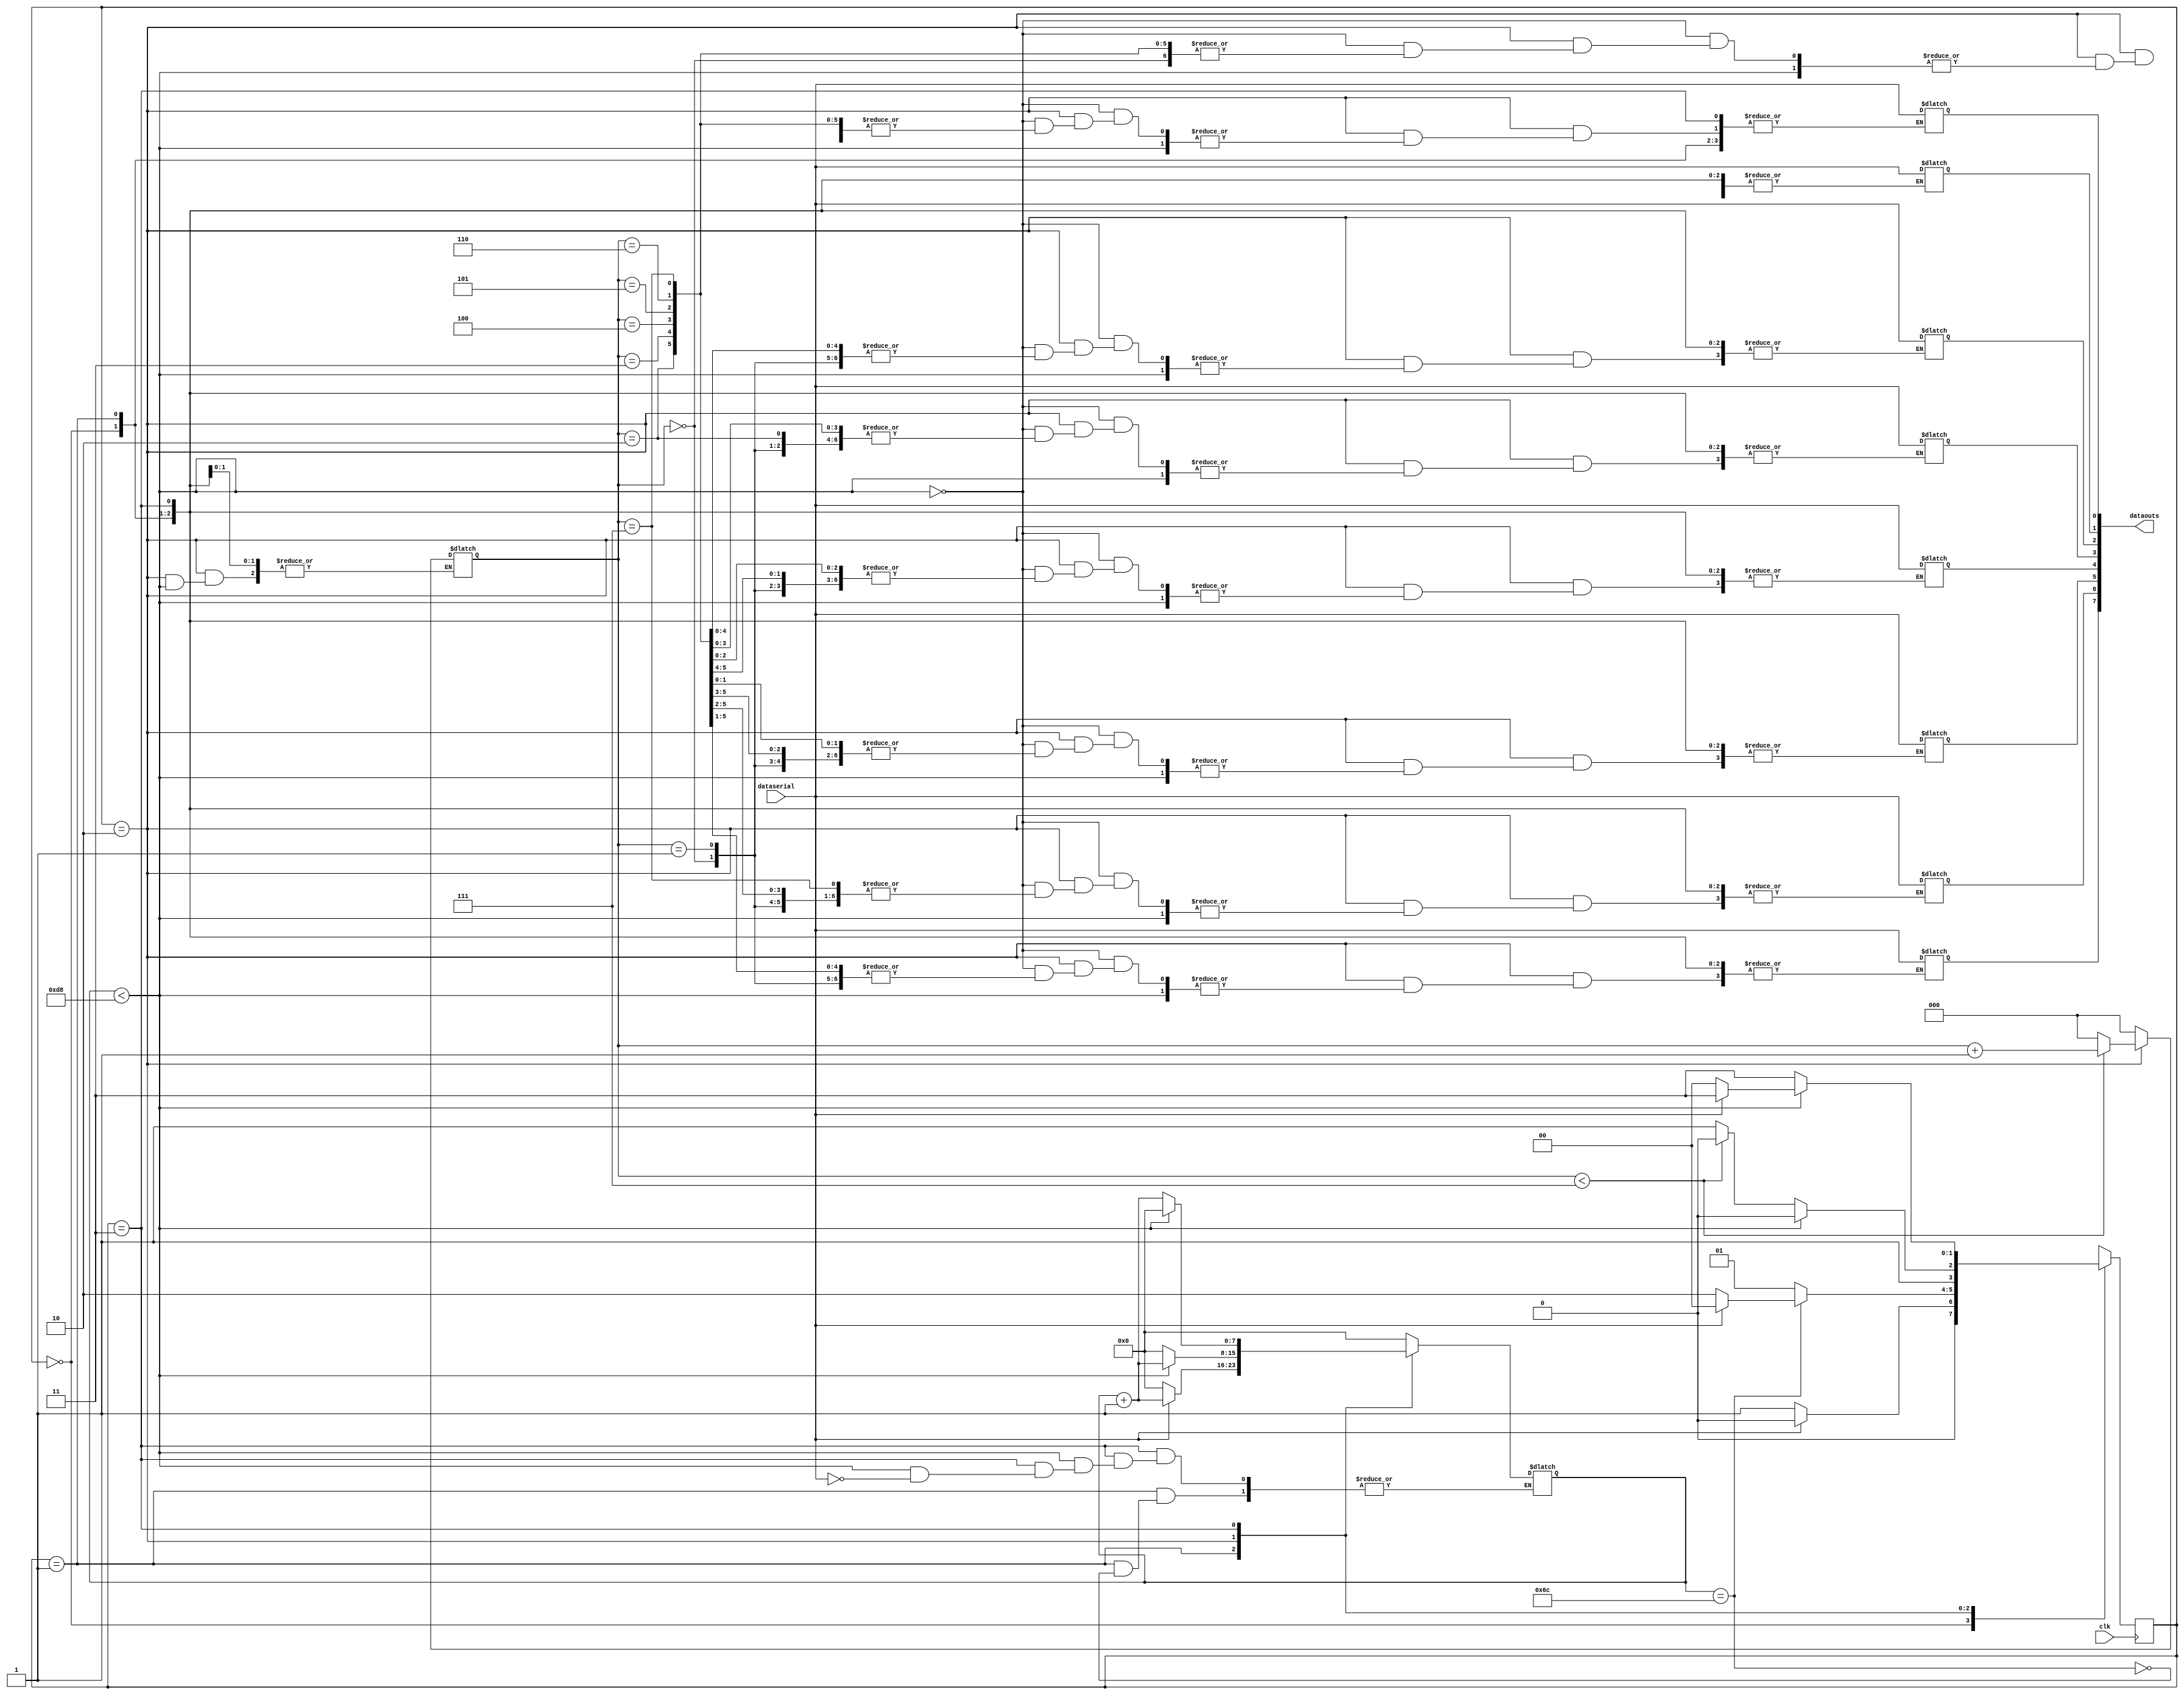
`timescale 1ns / 1ps
//////////////////////////////////////////////////////////////////////////////////
// Copyright (c) 2021 Harshal Chowdhary
// ///////////////////////////////////////////////////////////////////////////////
// Type:           Module
// Department:     Electronics and Communication Engineering, B.Tech
// Authors' Email: harshalchowdhary15@gmail.com
// Module Name:    uart_receiver 
//////////////////////////////////////////////////////////////////////////////////
// Release History
// 06/22/2021 Harshal Chowdhary UART Receiver
//////////////////////////////////////////////////////////////////////////////////
// Keywords:       UART PROTOCOL. UART Receiver
//////////////////////////////////////////////////////////////////////////////////
// Purpose:         This receiver is able to 
//                  receive 8 bits of serial data, one start bit, one stop bit,
//                  and no parity bit.
// Constants:       Frequency of clock = 25MHz and Baud Rate = 115200bps
//                  CLOCKS PER BIT = (Frequency of clock)/(Baud Rate)
//						  CLOCKS PER BIT = 217
//////////////////////////////////////////////////////////////////////////////////
module UART_Receiver
#(parameter CLOCKS_PER_BIT= 217)(
    input clk,
	 input dataserial,
	 output reg [7:0] dataouts
	 );
	 
parameter IDLE = 2'b00, START = 2'b01, DATABIT = 2'b10, STOP = 2'b11;

reg [1:0] next_state;
reg [7:0] clock_count;
reg [2:0] index;

always @(posedge clk)
begin
	case(next_state)
		IDLE: begin
					next_state <= (dataserial==1'b0) ? START: IDLE;
				end
		
		START: begin
					if(clock_count == ((CLOCKS_PER_BIT - 1)/2))
						begin
							if(dataserial == 1'b0)
								begin
								next_state <= DATABIT;
								end
							else 
								next_state <= IDLE;
							end
					else
						begin
							next_state  <= START;
						end
					end
		
		DATABIT: begin
						if(clock_count < (CLOCKS_PER_BIT -1))
							begin
							next_state  <= DATABIT;
							end
						else
							begin
							
							if(index < 3'b111)
								begin
								next_state <= DATABIT;
								end
							else
								begin
								next_state <= STOP;
								end
							end
						end
			
		STOP: begin
					if(clock_count < (CLOCKS_PER_BIT -1))
						begin
							if(dataserial == 1'b1)
								begin
									next_state <= STOP;
								end
							else 
									next_state <=IDLE;
						end
					else 
						begin
							next_state <= STOP;
						end
					end
		default: next_state <= IDLE;
	endcase
end
	
	always @(next_state)
		begin
			case(next_state)
				IDLE:
					begin
						clock_count = 8'b0;
						index =3'b0;
					end
				START:
					begin
						if(clock_count == ((CLOCKS_PER_BIT - 1)/2))
						begin
							if(dataserial == 1'b0)
								begin
								clock_count = 8'b0;
								end
						else
							begin
								clock_count = clock_count +1'b1;
							end
						end
					end
				DATABIT:
					begin
						if(clock_count < (CLOCKS_PER_BIT -1))
							begin
							clock_count = clock_count + 1'b1;
							end
						else
							begin
							clock_count = 8'b0;
							dataouts[index]= dataserial;
							
							if(index < 3'b111)
								begin
								index = index + 1'b1;
								end
							else
								begin
								index = 3'b0;
								end
							end
					end
				STOP:
					begin
						if(clock_count < (CLOCKS_PER_BIT -1))
							begin
								if(dataserial == 1'b1)
									begin
										clock_count = 8'b0;
									end
							end
						else 
							begin
								clock_count = clock_count + 1'b1;
							end
					end
			endcase
		end
	
endmodule